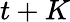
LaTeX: t+K